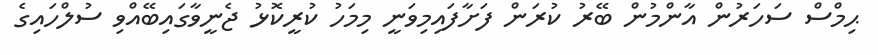
ޙިމްސް ސަހަރުން އާންމުން ބޭރު ކުރަން ފަށާފައިމިވަނީ މިމަހު ކުރީކޮޅު ޖެނީވާގައިބޭއްވި ސުލްހައިގެ